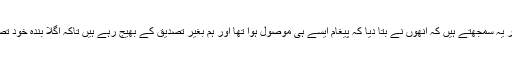
کچھ لوگ ایسے پیغامات کے آخر میں ایک سہ حرفی بات (Forward as Received) لکھ کر یہ سمجھتے ہیں کہ انھوں نے بتا دیا کہ پیغام ایسے ہی موصول ہوا تھا اور ہم بغیر تصدیق کے بھیج رہے ہیں تاکہ اگلا بندہ خود تصدیق کرتا پھرے، یاد رہے کہ اللہ تعالیٰ کے فرامین کی روشنی میں یہ بھی غیر مناسب بات ہے۔